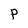
Character: P